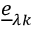
\underline { { e } } _ { \lambda k }